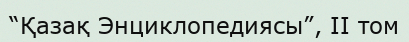
“Қазақ Энциклопедиясы”, II том